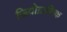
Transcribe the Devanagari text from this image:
जियोग्राफ़िक